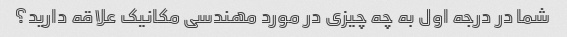
شما در درجه اول به چه چیزی در مورد مهندسی مکانیک علاقه دارید؟